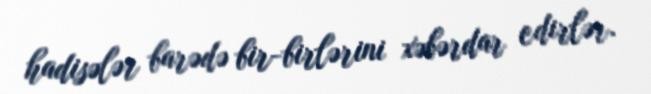
hadisələr barədə bir-birlərini xəbərdar edirlər.